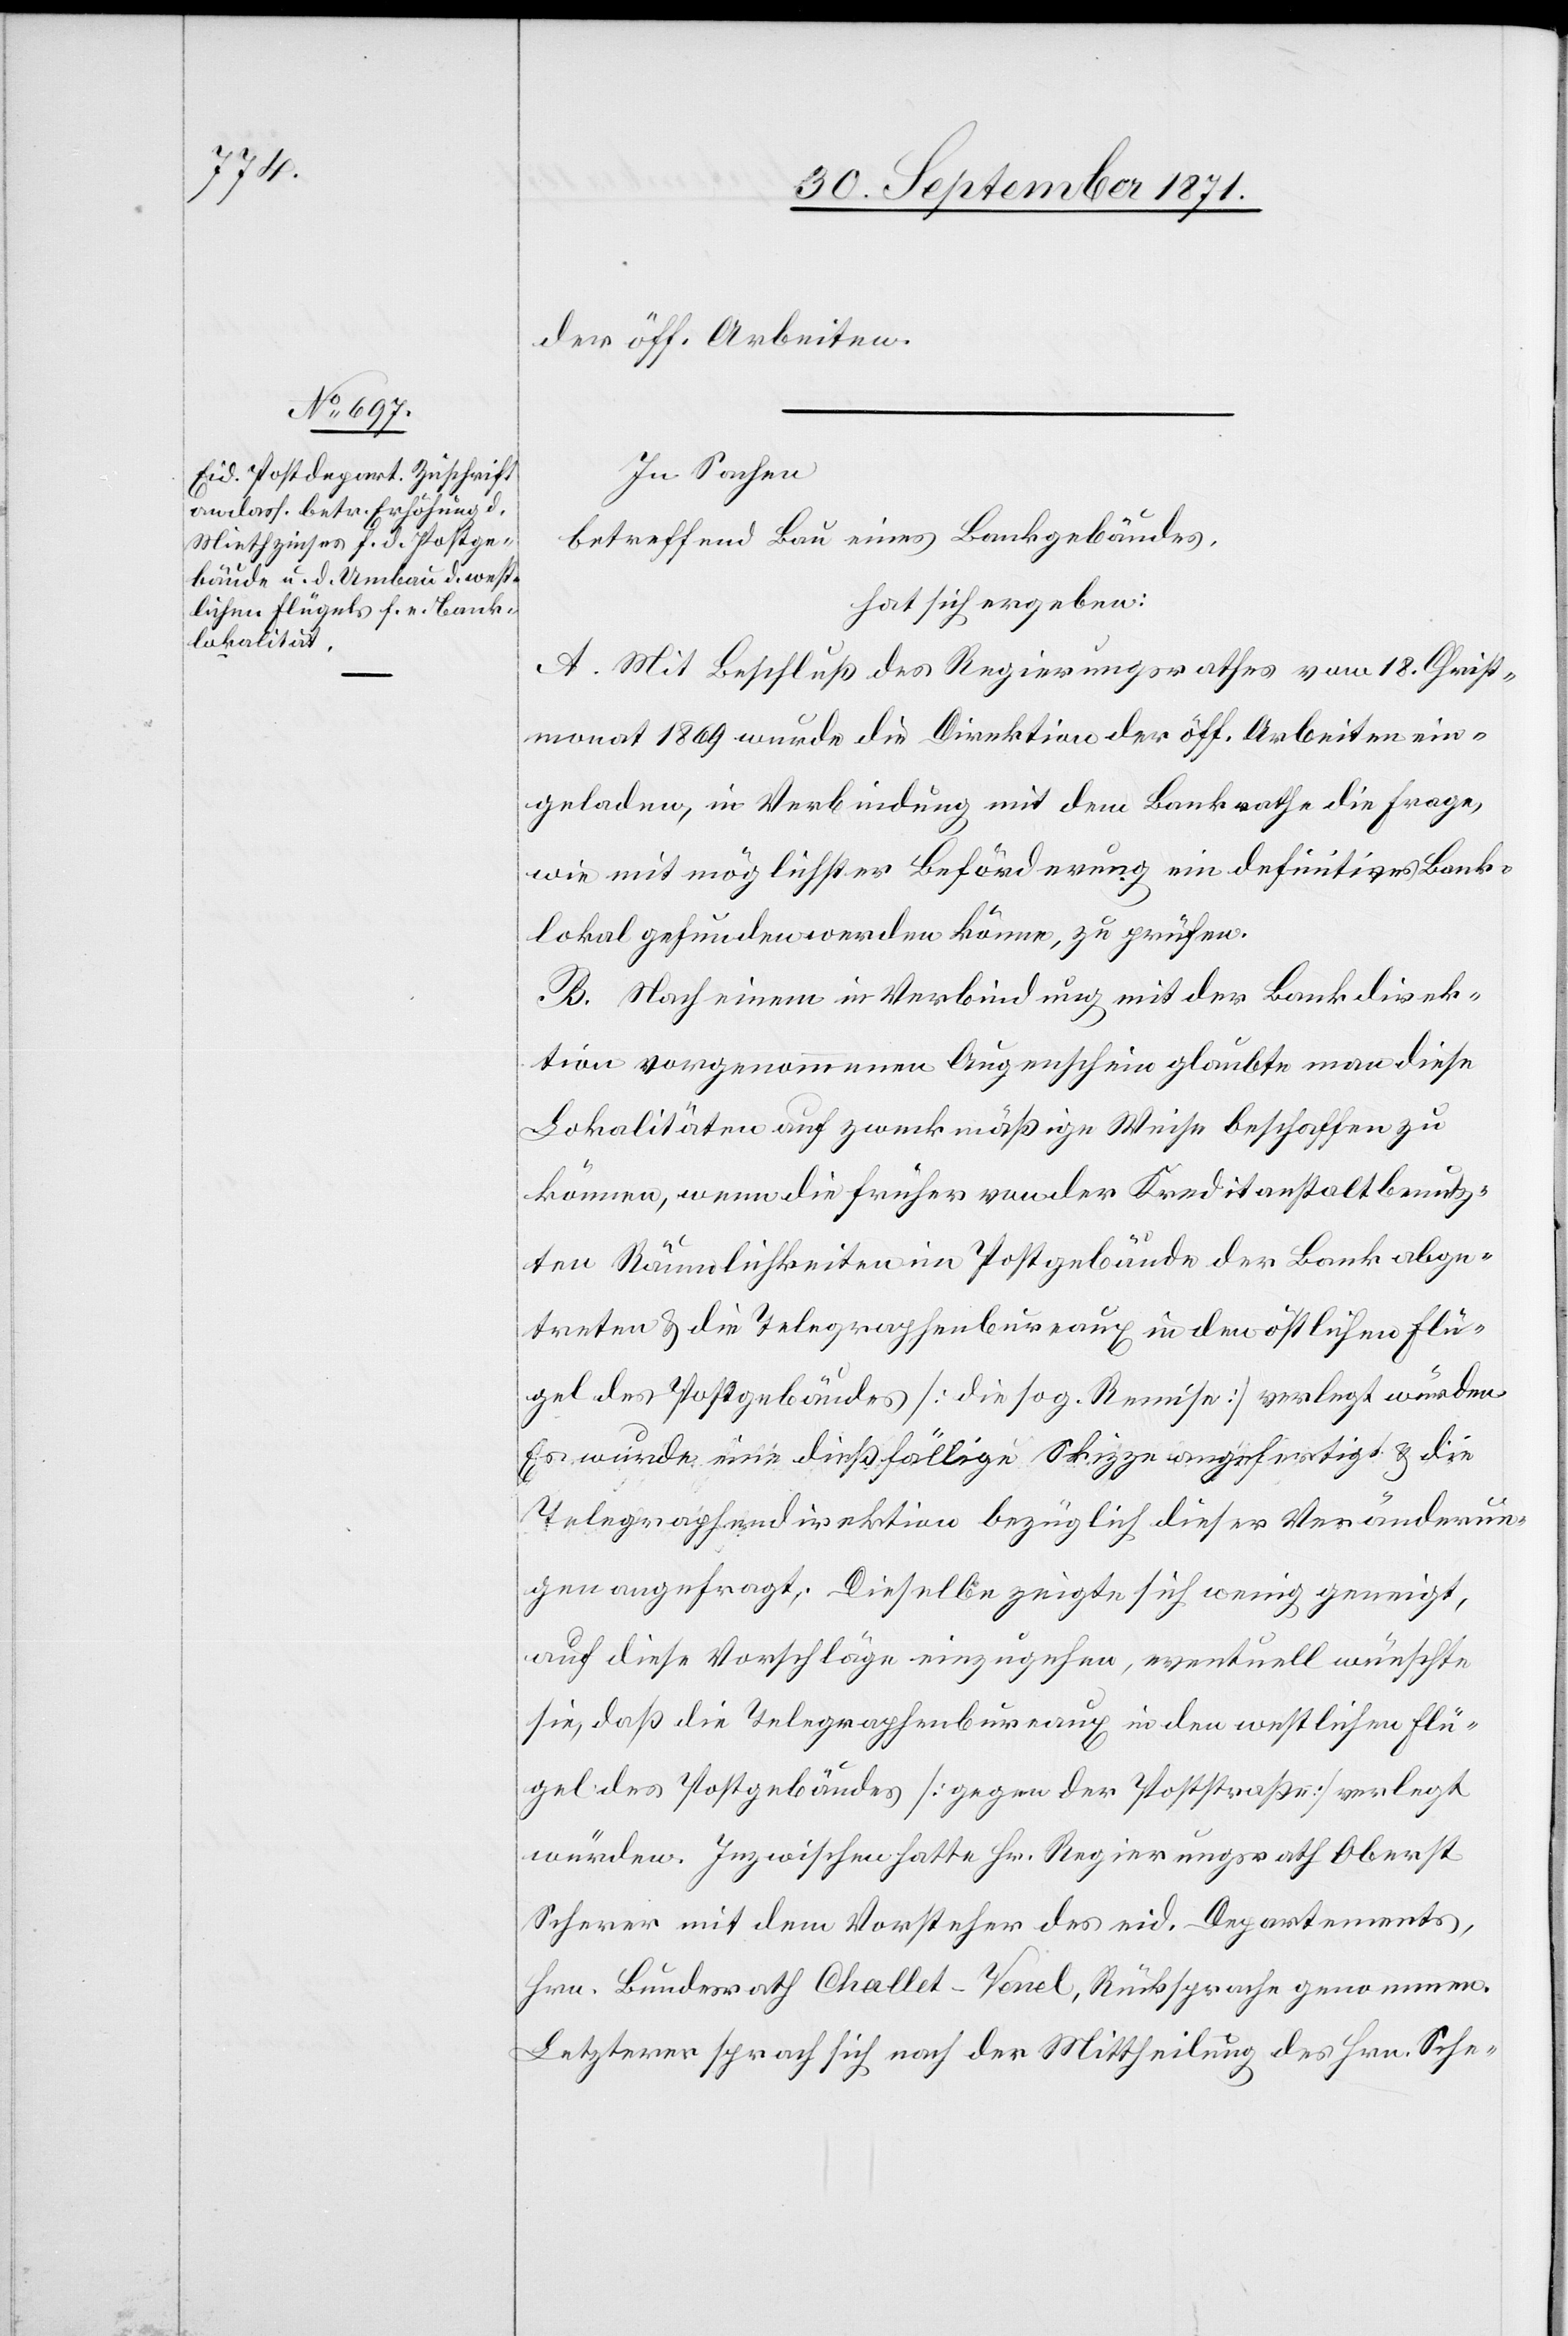
der öff. Arbeiten.
In Sachen
betreffend Bau eines Bankgebäudes,
hat sich ergeben:
A. Mit Beschluss des Regierungsrathes vom 18. Christ¬
monat 1869 wurde die Direktion der öff. Arbeiten ein¬
geladen, in Verbindung mit dem Bankrathe die Frage,
wie mit möglichster Beförderung ein definitives Bank¬
lokal gefunden werden könne, zu prüfen.
B. Nach einem in Verbindung mit der Bankdirek¬
tion vorgenommenen Augenschein glaubte man diese
Lokalitäten auf zweckmäßige Weise beschaffen zu
können, wenn die früher von der Kreditanstalt benutz¬
ten Räumlichkeiten im Postgebäude der Bank abge¬
treten & die Telegraphenbureaux in den östlichen Flü¬
gel des Postgebäudes [die sog. Remise] verlegt würden.
Es wurde eine dießfällige Skizze angefertigt & die
Telegraphendirektion bezüglich dieser Veränderun¬
gen angefragt. Dieselbe zeigte sich wenig geneigt,
auf diese Vorschläge einzugehen, eventuell wünschte
sie, daß die Telegraphenbureaux in den westlichen Flü¬
gel des Postgebäudes [gegen der Poststraße] verlegt
würden. Inzwischen hatte Hr. Regierungsrath Oberst
Scherer mit dem Vorsteher des eid. Departements,
Hrn. Bundesrath Challet-Venel, Rücksprache genommen.
Letzterer sprach sich nach der Mittheilung des Hrn. Sche-